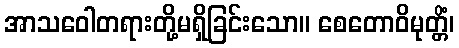
အာသဝေါတရားတို့မရှိခြင်းသော။ စေတောဝိမုတ္တိံ၊